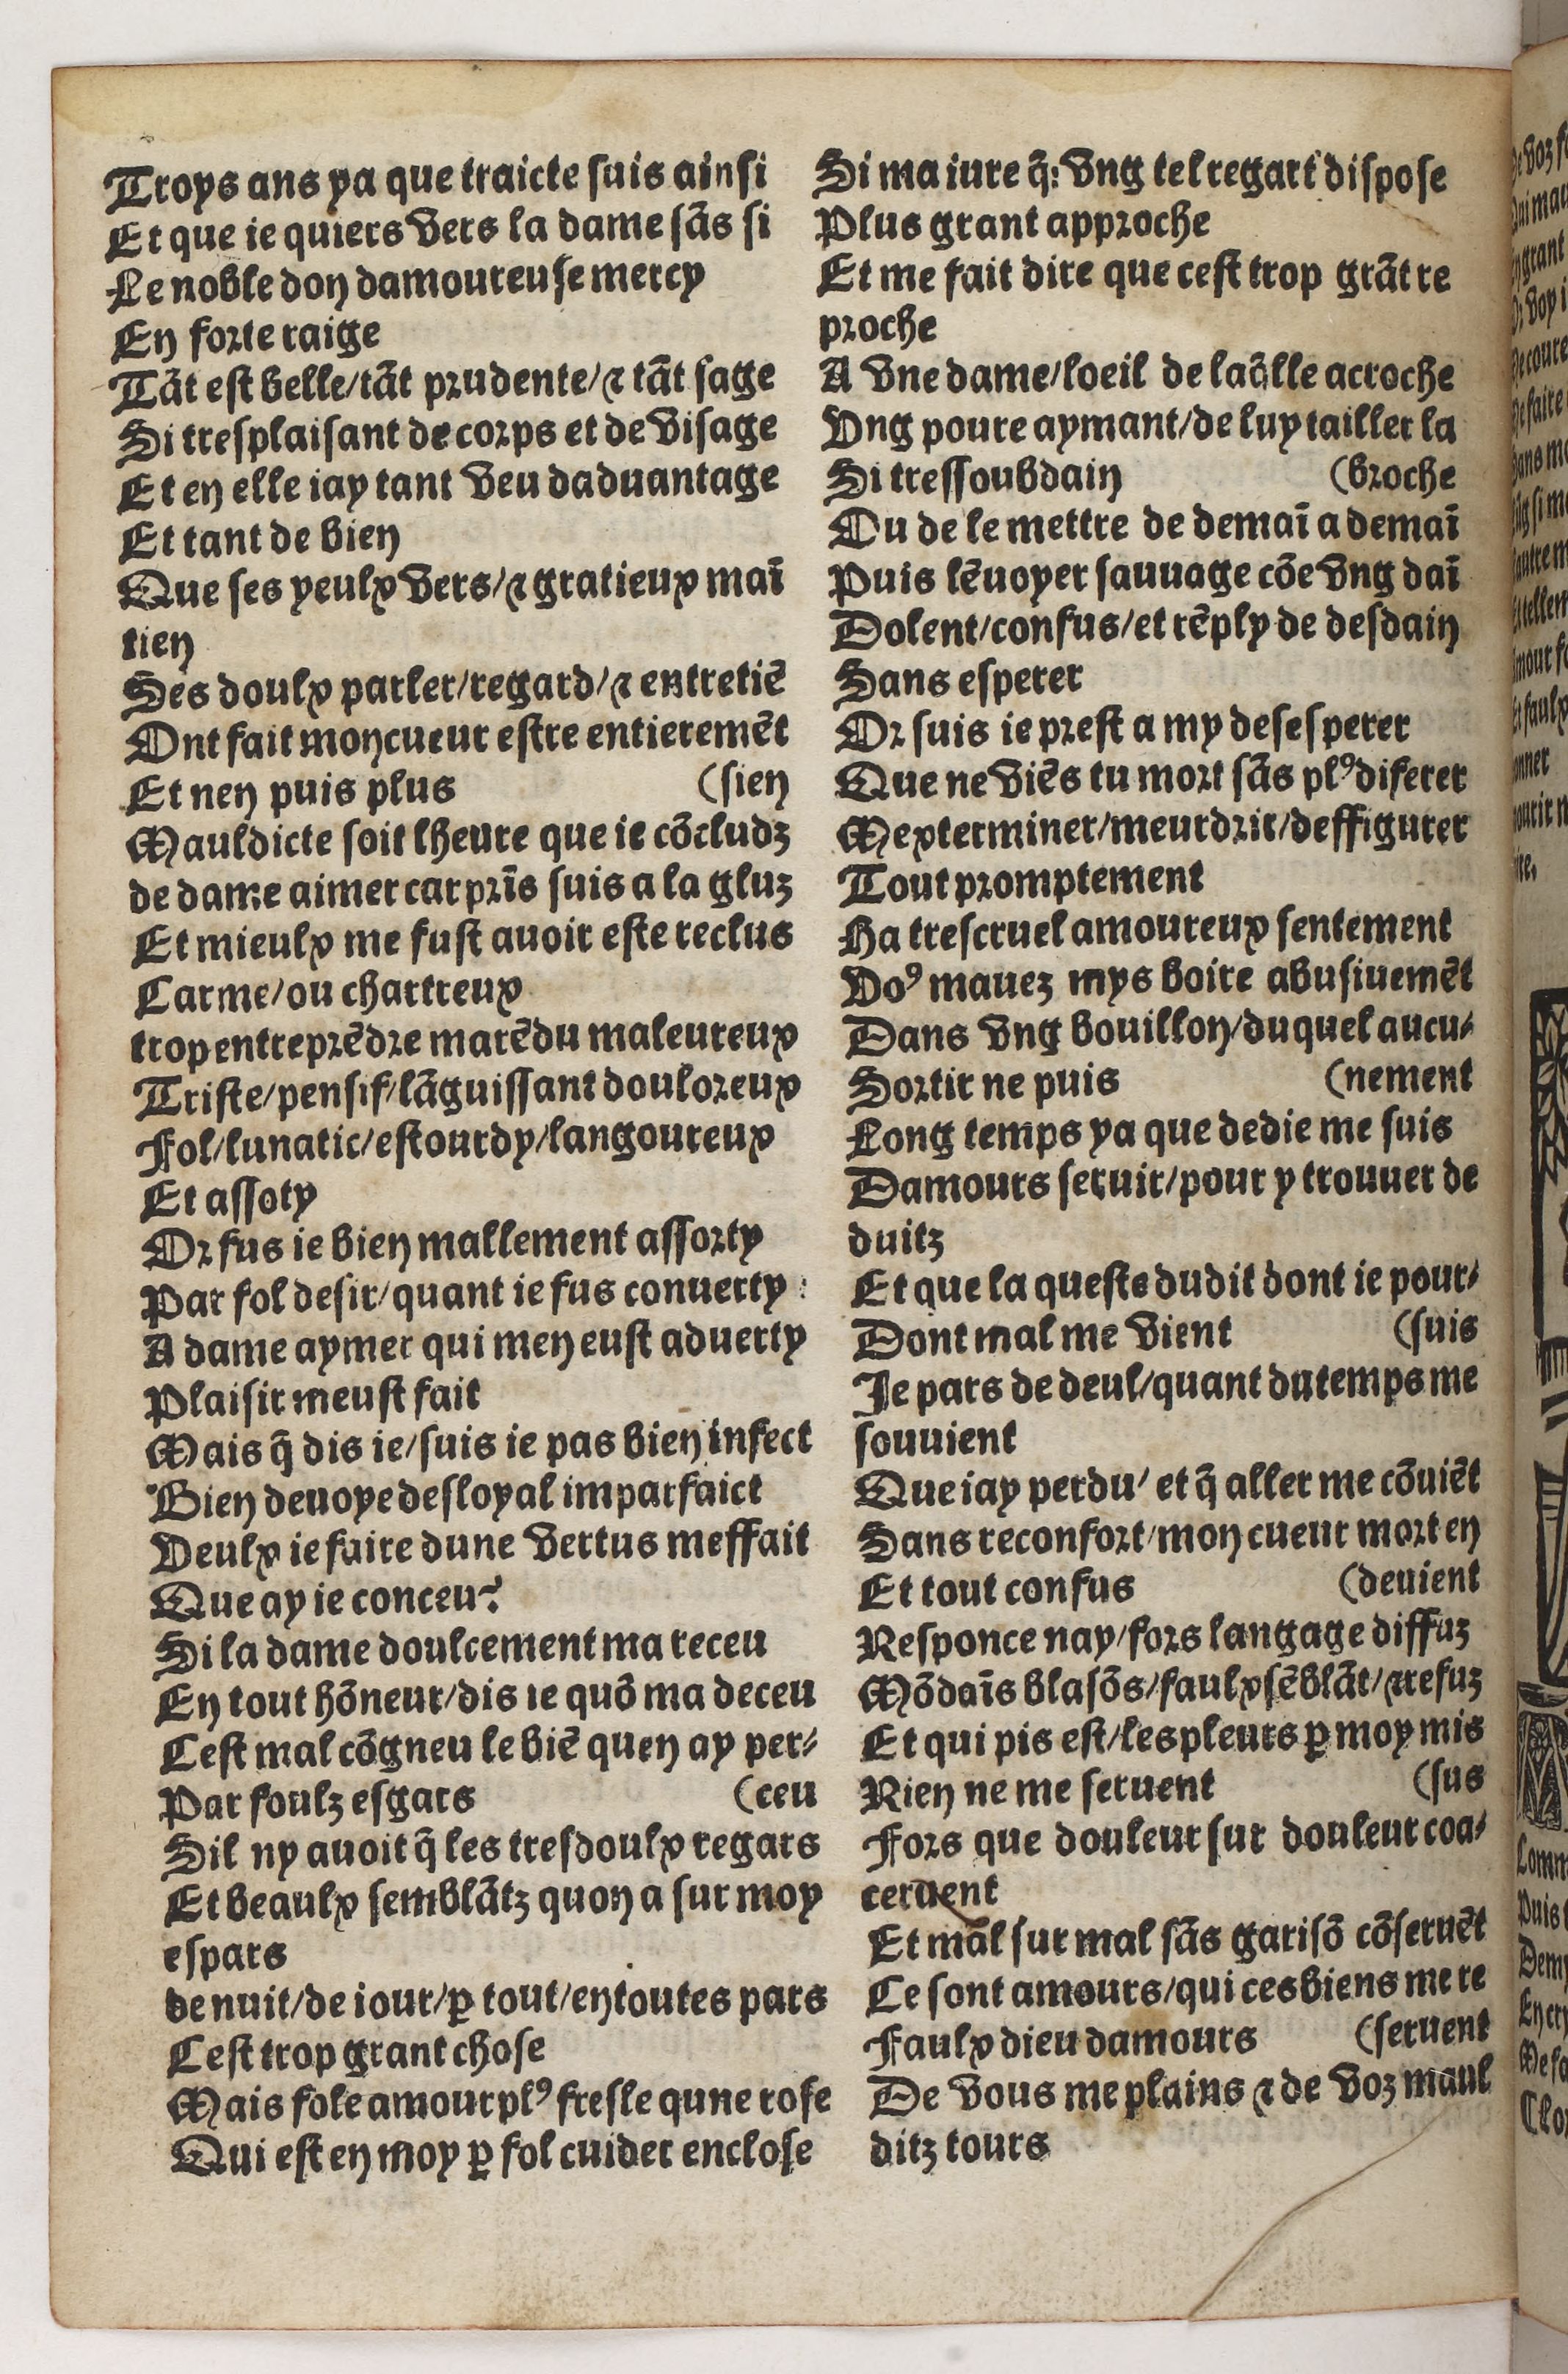
Shelfmark: Paris, BnF, Rés. Y2-930
Century: 15